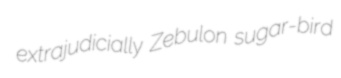
extrajudicially Zebulon sugar-bird